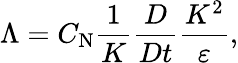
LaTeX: \Lambda=C_{\textrm{N}}\frac{1}{K}\frac{D}{Dt}\frac{K^{2}}{\varepsilon},